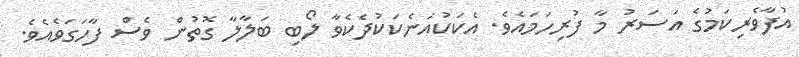
އުފާވެރިކަމުގެ އަސަރު މާ ފުރިހަމައެވެ. އެކަކުއަނެކަކުދެކެވާ ލޯބި ބަލާލާ ގޮތުން ވެސް ފާހަގަވެއެވެ.